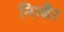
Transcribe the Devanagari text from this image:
निरबैर